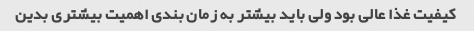
کیفیت غذا عالی بود ولی باید بیشتر به زمان بندی اهمیت بیشتری بدین